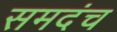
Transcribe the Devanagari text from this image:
समदंच